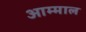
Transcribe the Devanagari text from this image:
आम्माल